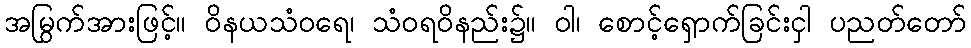
အမြွက်အားဖြင့်။ ဝိနယသံဝရေ၊ သံဝရဝိနည်း၌။ ဝါ၊ စောင့်ရှောက်ခြင်းငှါ ပညတ်တော်